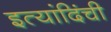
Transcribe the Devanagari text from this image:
इत्यांदिंची